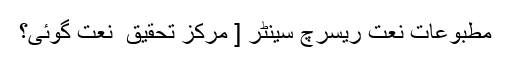
مطبوعات نعت ریسرچ سینٹر [ مرکزِ تحقیق ِ نعت گوئی؟